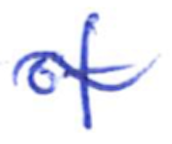
Text: of
Cross-out: wave
Writing tool: ballpoint